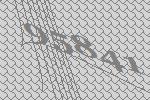
95841